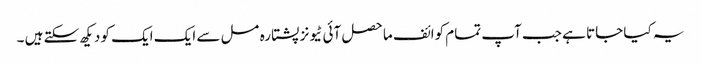
یہ کیا جاتا ہے جب آپ تمام کوائف ماحصل آئی ٹیونز پشتارہ مسل سے ایک ایک کو دیکھ سکتے ہیں ۔